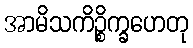
အာမိသကိဉ္စိက္ခဟေတု